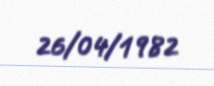
26/04/1982